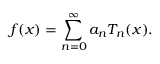
f ( x ) = \sum _ { n = 0 } ^ { \infty } a _ { n } T _ { n } ( x ) .